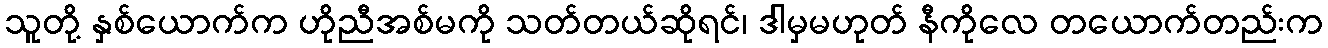
သူတို့ နှစ်ယောက်က ဟိုညီအစ်မကို သတ်တယ်ဆိုရင်၊ ဒါမှမဟုတ် နီကိုလေ တယောက်တည်းက